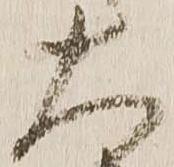
大